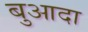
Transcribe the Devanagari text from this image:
बुआदा